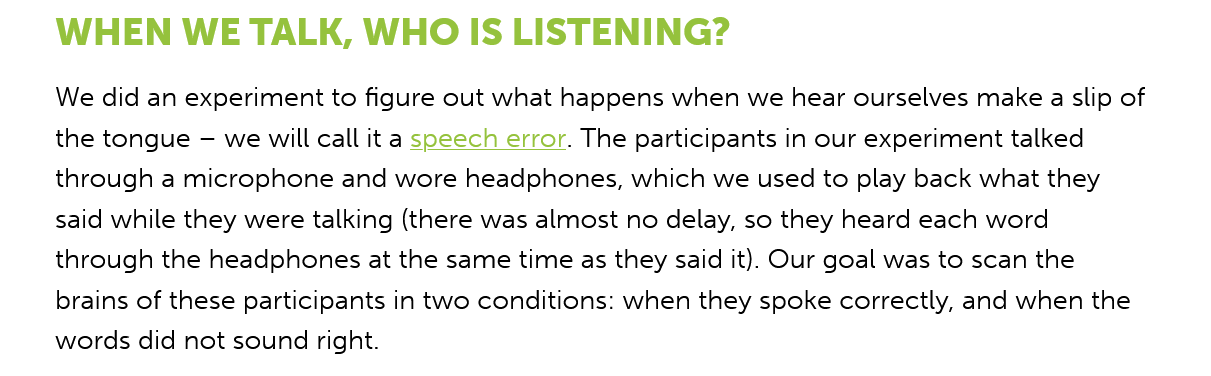
WHEN    WE TALK,    WHO IS    LISTENING?
    We did an experiment to figure out what happens when we hear ourselves make a slip of
    the tongue
     —
     we will call it a soeech error. The participants in our experiment talked
    through a microphone and wore headphones, which we used to play back what they
    said while they were talking (there was almost no delay, so they heard each word
    through the headphones at the same time as they said it). Our goal was to scan the
    brains of these participants in two conditions: when they spoke correctly, and when the
    words did not sound right.